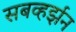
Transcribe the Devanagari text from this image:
सबव्हर्झन